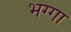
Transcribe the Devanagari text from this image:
भग्गा